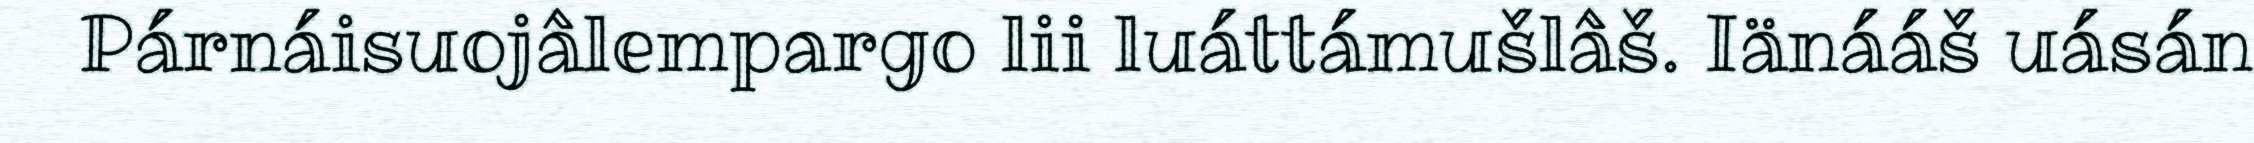
Párnáisuojâlempargo lii luáttámušlâš. Iänááš uásán